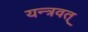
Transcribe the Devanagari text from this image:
यन्त्रवत्